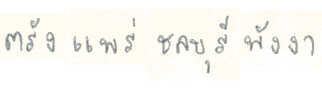
ตรังแพร่ชลบุรีพังงา